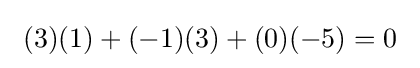
\ (3)(1)+(-1)(3)+(0)(-5)=0\